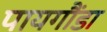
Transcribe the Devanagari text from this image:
पायगौंडा